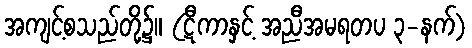
အကျင့်စသည်တို့၌။ (ဋီကာနှင့် အညီအမရတပ ၃-နက်)